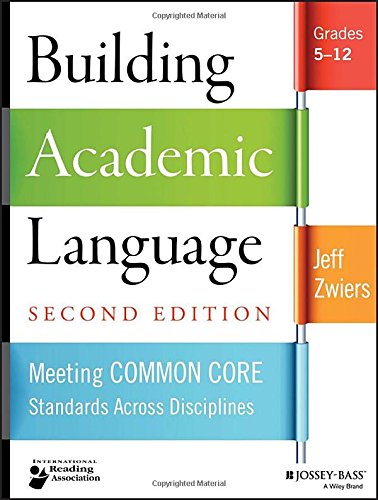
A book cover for Building Academic Language: Meeting Common Core Standards Across Disciplines, Grades 5-12 (Jossey-Bass Education Series); Jeff Zwiers; Education & Teaching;